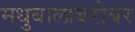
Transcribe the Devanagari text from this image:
मधुबालाबरोबर